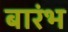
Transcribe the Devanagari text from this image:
बारंभ